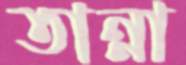
তান্না